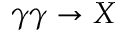
\gamma \gamma \to X